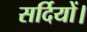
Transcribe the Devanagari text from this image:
सर्दियों।